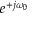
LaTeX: e ^ { + j \omega _ { 0 } }